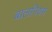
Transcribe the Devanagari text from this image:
बालनियम